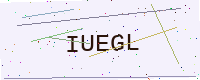
Text: IUEGL